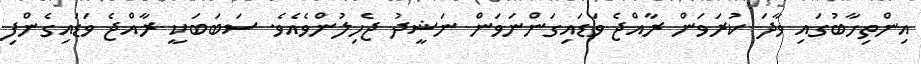
އިންތިހާބުގައި ވާދަ ކުރަވަން ރާއްޖެ ވަޑައިގަންނަވަން ނަޝީދު ޖެހިލުންވެއެވެ. ސަބަބަކީ ރާއްޖެ ވަޑައިގެންފި